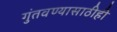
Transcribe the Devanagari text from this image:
गुंतवण्‍यासाठीही